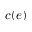
c ( e )